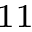
^ { 1 1 }